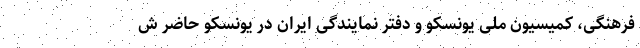
فرهنگی، کمیسیون ملی یونسکو و دفتر نمایندگی ایران در یونسکو حاضر ش